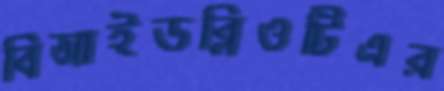
বিআইডব্লিওটিএর